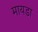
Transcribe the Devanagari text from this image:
मायडा